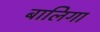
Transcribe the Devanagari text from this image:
बालिगा